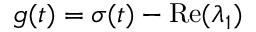
g ( t ) = \sigma ( t ) - \operatorname { R e } ( \lambda _ { 1 } )